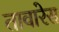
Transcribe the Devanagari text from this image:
तावारेस